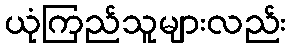
ယုံကြည်သူများလည်း